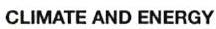
CLIMATE AND ENERGY